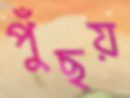
পুঁছয়